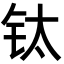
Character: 钛